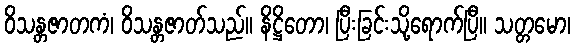
ဝိသန္တဇာတကံ၊ ဝိသန္တဇာတ်သည်။ နိဋ္ဌိတော၊ ပြီးခြင်းသို့ရောက်ပြီ။ သတ္တမော၊